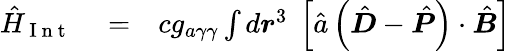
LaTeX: \begin{array}{rlr}{\hat{H}_{\mathrm{~I~n~t~}}}&{{}=}&{cg_{a\gamma\gamma}\int d\boldsymbol r^{3}\; \left[\hat{a}\left(\hat{\boldsymbol D}-\hat{\boldsymbol P}\right)\cdot\hat{\boldsymbol B}\right]}\end{array}